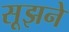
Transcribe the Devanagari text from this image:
सूझने